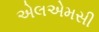
એલએમસી